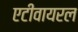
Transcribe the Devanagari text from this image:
एटीवायरल